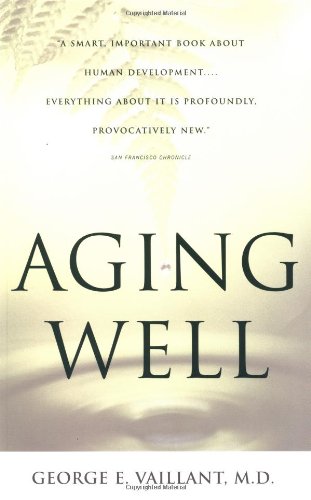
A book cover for Aging Well: Surprising Guideposts to a Happier Life from the Landmark Harvard Study of Adult Development; George E. Vaillant; Politics & Social Sciences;